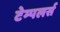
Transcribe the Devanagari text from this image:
टेम्पलर्स